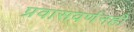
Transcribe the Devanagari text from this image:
प्रवासवर्णनही